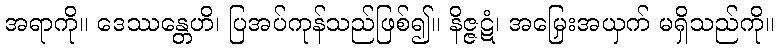
အရာကို။ ဒေဿန္တေဟိ၊ ပြအပ်ကုန်သည်ဖြစ်၍။ နိဇ္ဇဋံ၊ အမြှေးအယှက် မရှိသည်ကို။